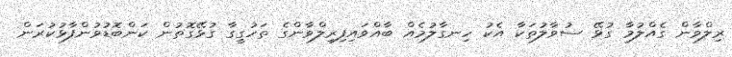
ރިލްވާން ގެއްލުމާ ގުޅޭ ސުވާލުތަކާ އެކު ހިނގާލުމެއް ބާއްވައިފިރިލްވާންގެ ތަހުގީގާ ގުޅޭގޮތުން ކަންބޮޑުވުންފާޅުކުރަން